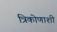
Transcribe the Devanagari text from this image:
त्रिकोणाशी